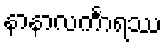
နာနာလင်္ကာရဿ